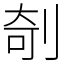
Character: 剞